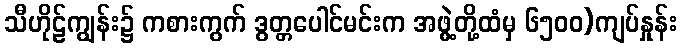
သီဟိုဠ်ကျွန်း၌ ကစားကွက် ဒွတ္တပေါင်မင်းက အဖွဲ့တို့ထံမှ ၆၅၀၀)ကျပ်နှုန်း